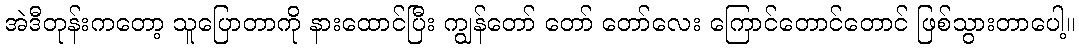
အဲဒီတုန်းကတော့ သူပြောတာကို နားထောင်ပြီး ကျွန်တော် တော် တော်လေး ကြောင်တောင်တောင် ဖြစ်သွားတာပေါ့။